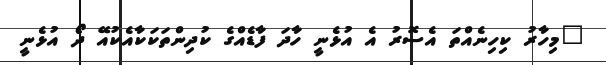
"މިހާރު ކިހިނެއްތަ އެސޮރު އެ އުޅެނީ ހާދަ ފާޑެއްގެ ކުދިންތަކަކާއެކުއޭ ދޯ އުޅެނީ